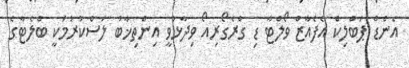
އެންޑް ޕަބްލިކް އެފެއާޒް ވޯލްޓާ ޑި ގްރެގޯރިއޯ ވިދާޅުވީ އިންތިޚާބު ލަސްކުރުމަކީ ބްލެޓާގެ